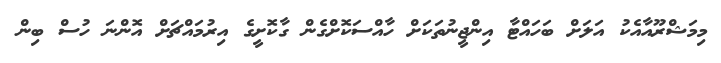
މިމަޝްރޫއާއެކު އަލަށް ބަހައްޓާ އިންޖީނުތަކަށް ހާއްސަކޮށްގެން ގާކޮށީގެ އިރުމައްޗަށް އޮންނަ ހުސް ބިން